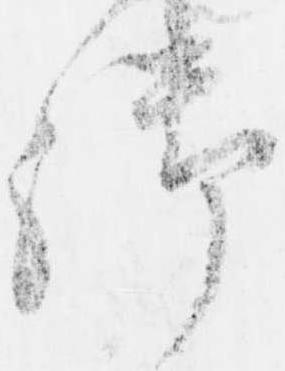
御